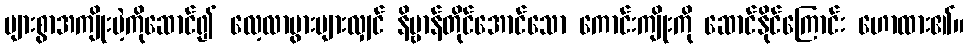
များစွာအကျိုးမဲ့ကိုဆောင်၍ လေ့လာပွားများလျှင် နိဗ္ဗာန်တိုင်အောင်သော ကောင်းကျိုးကို ဆောင်နိုင်ကြောင်း ဟောထား၏။